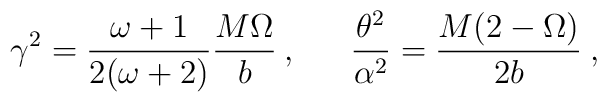
\gamma^2=\frac{\omega+1}{2(\omega+2)}\frac{M \Omega}{b} \:,\:\:\:\:\:\:\: \frac{\theta^2}{\alpha^2}=\frac{M(2- \Omega)}{2b}\:,